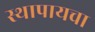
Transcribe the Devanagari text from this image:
स्थापायचा